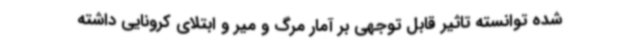
شده توانسته تاثیر قابل توجهی بر آمار مرگ و میر و ابتلای کرونایی داشته